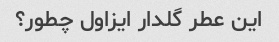
این عطر گلدار ایزاول چطور؟